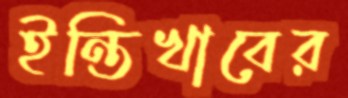
ইন্তিখাবের